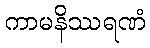
ကာမနိဿရဏံ